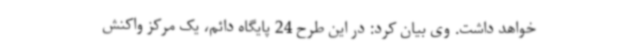
خواهد داشت. وی بیان کرد: در این طرح 24 پایگاه دائم، یک مرکز واکنش